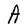
Character: A